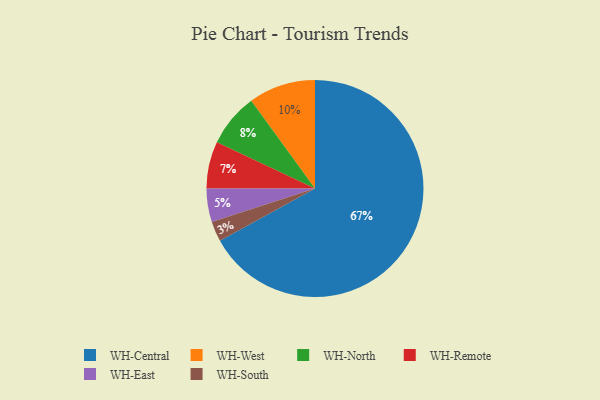
{"axis": {"x": "Category", "y": "Percentage"}, "legend": ["WH-Central", "WH-East", "WH-North", "WH-Remote", "WH-South", "WH-West"], "data": [{"x": "WH-Central", "y": 67, "type": "WH-Central"}, {"x": "WH-South", "y": 3, "type": "WH-South"}, {"x": "WH-West", "y": 10, "type": "WH-West"}, {"x": "WH-East", "y": 5, "type": "WH-East"}, {"x": "WH-Remote", "y": 7, "type": "WH-Remote"}, {"x": "WH-North", "y": 8, "type": "WH-North"}]}